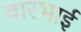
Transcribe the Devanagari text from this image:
बारभाई